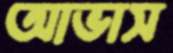
আভাস